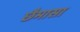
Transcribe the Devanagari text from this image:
छैमासा